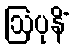
ဩပုနိံ